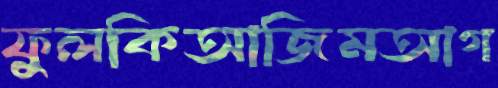
ফুলকিআজিমআগ